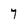
Character: 7